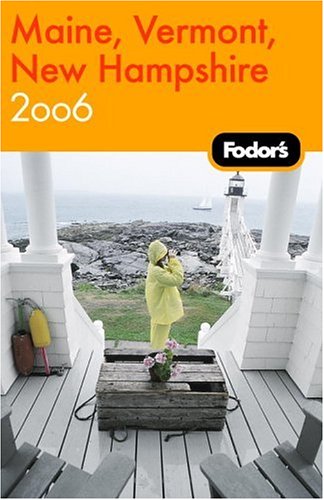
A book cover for Fodor's Maine, Vermont, New Hampshire 2006 (Fodor's Gold Guides); Fodor's; Travel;